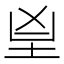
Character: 𦤴